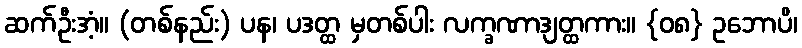
ဆက်ဦးအံ့။ (တစ်နည်း) ပန၊ ပဒတ္ထ မှတစ်ပါး လက္ခဏာဒျတ္ထကား။ {၀၈} ဥဘောပိ၊